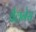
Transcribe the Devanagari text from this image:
वैलनेस